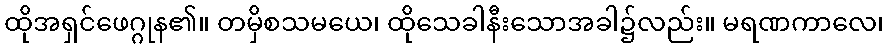
ထိုအရှင်ဖေဂ္ဂုန၏။ တမှိစသမယေ၊ ထိုသေခါနီးသောအခါ၌လည်း။ မရဏကာလေ၊